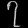
Digit: ၇